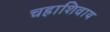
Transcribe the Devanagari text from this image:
चहाशिवाय